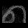
Digit: ၈